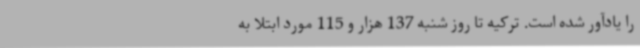
را یادآور شده است. ترکیه تا روز شنبه 137 هزار و 115 مورد ابتلا به